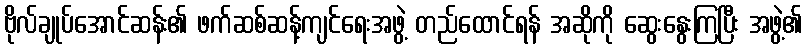
ဗိုလ်ချုပ်အောင်ဆန်း၏ ဖက်ဆစ်ဆန့်ကျင်ရေးအဖွဲ့ တည်ထောင်ရန် အဆိုကို ဆွေးနွေးကြပြီး အဖွဲ့၏